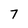
Character: 7